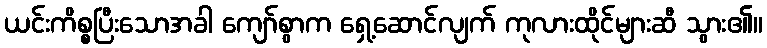
ယင်းကိစ္စပြီးသောအခါ ကျော်စွာက ရှေ့ဆောင်လျက် ကုလားထိုင်များဆီ သွား၏။